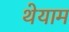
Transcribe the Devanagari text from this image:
थेयाम